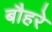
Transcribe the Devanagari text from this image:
बौहरे